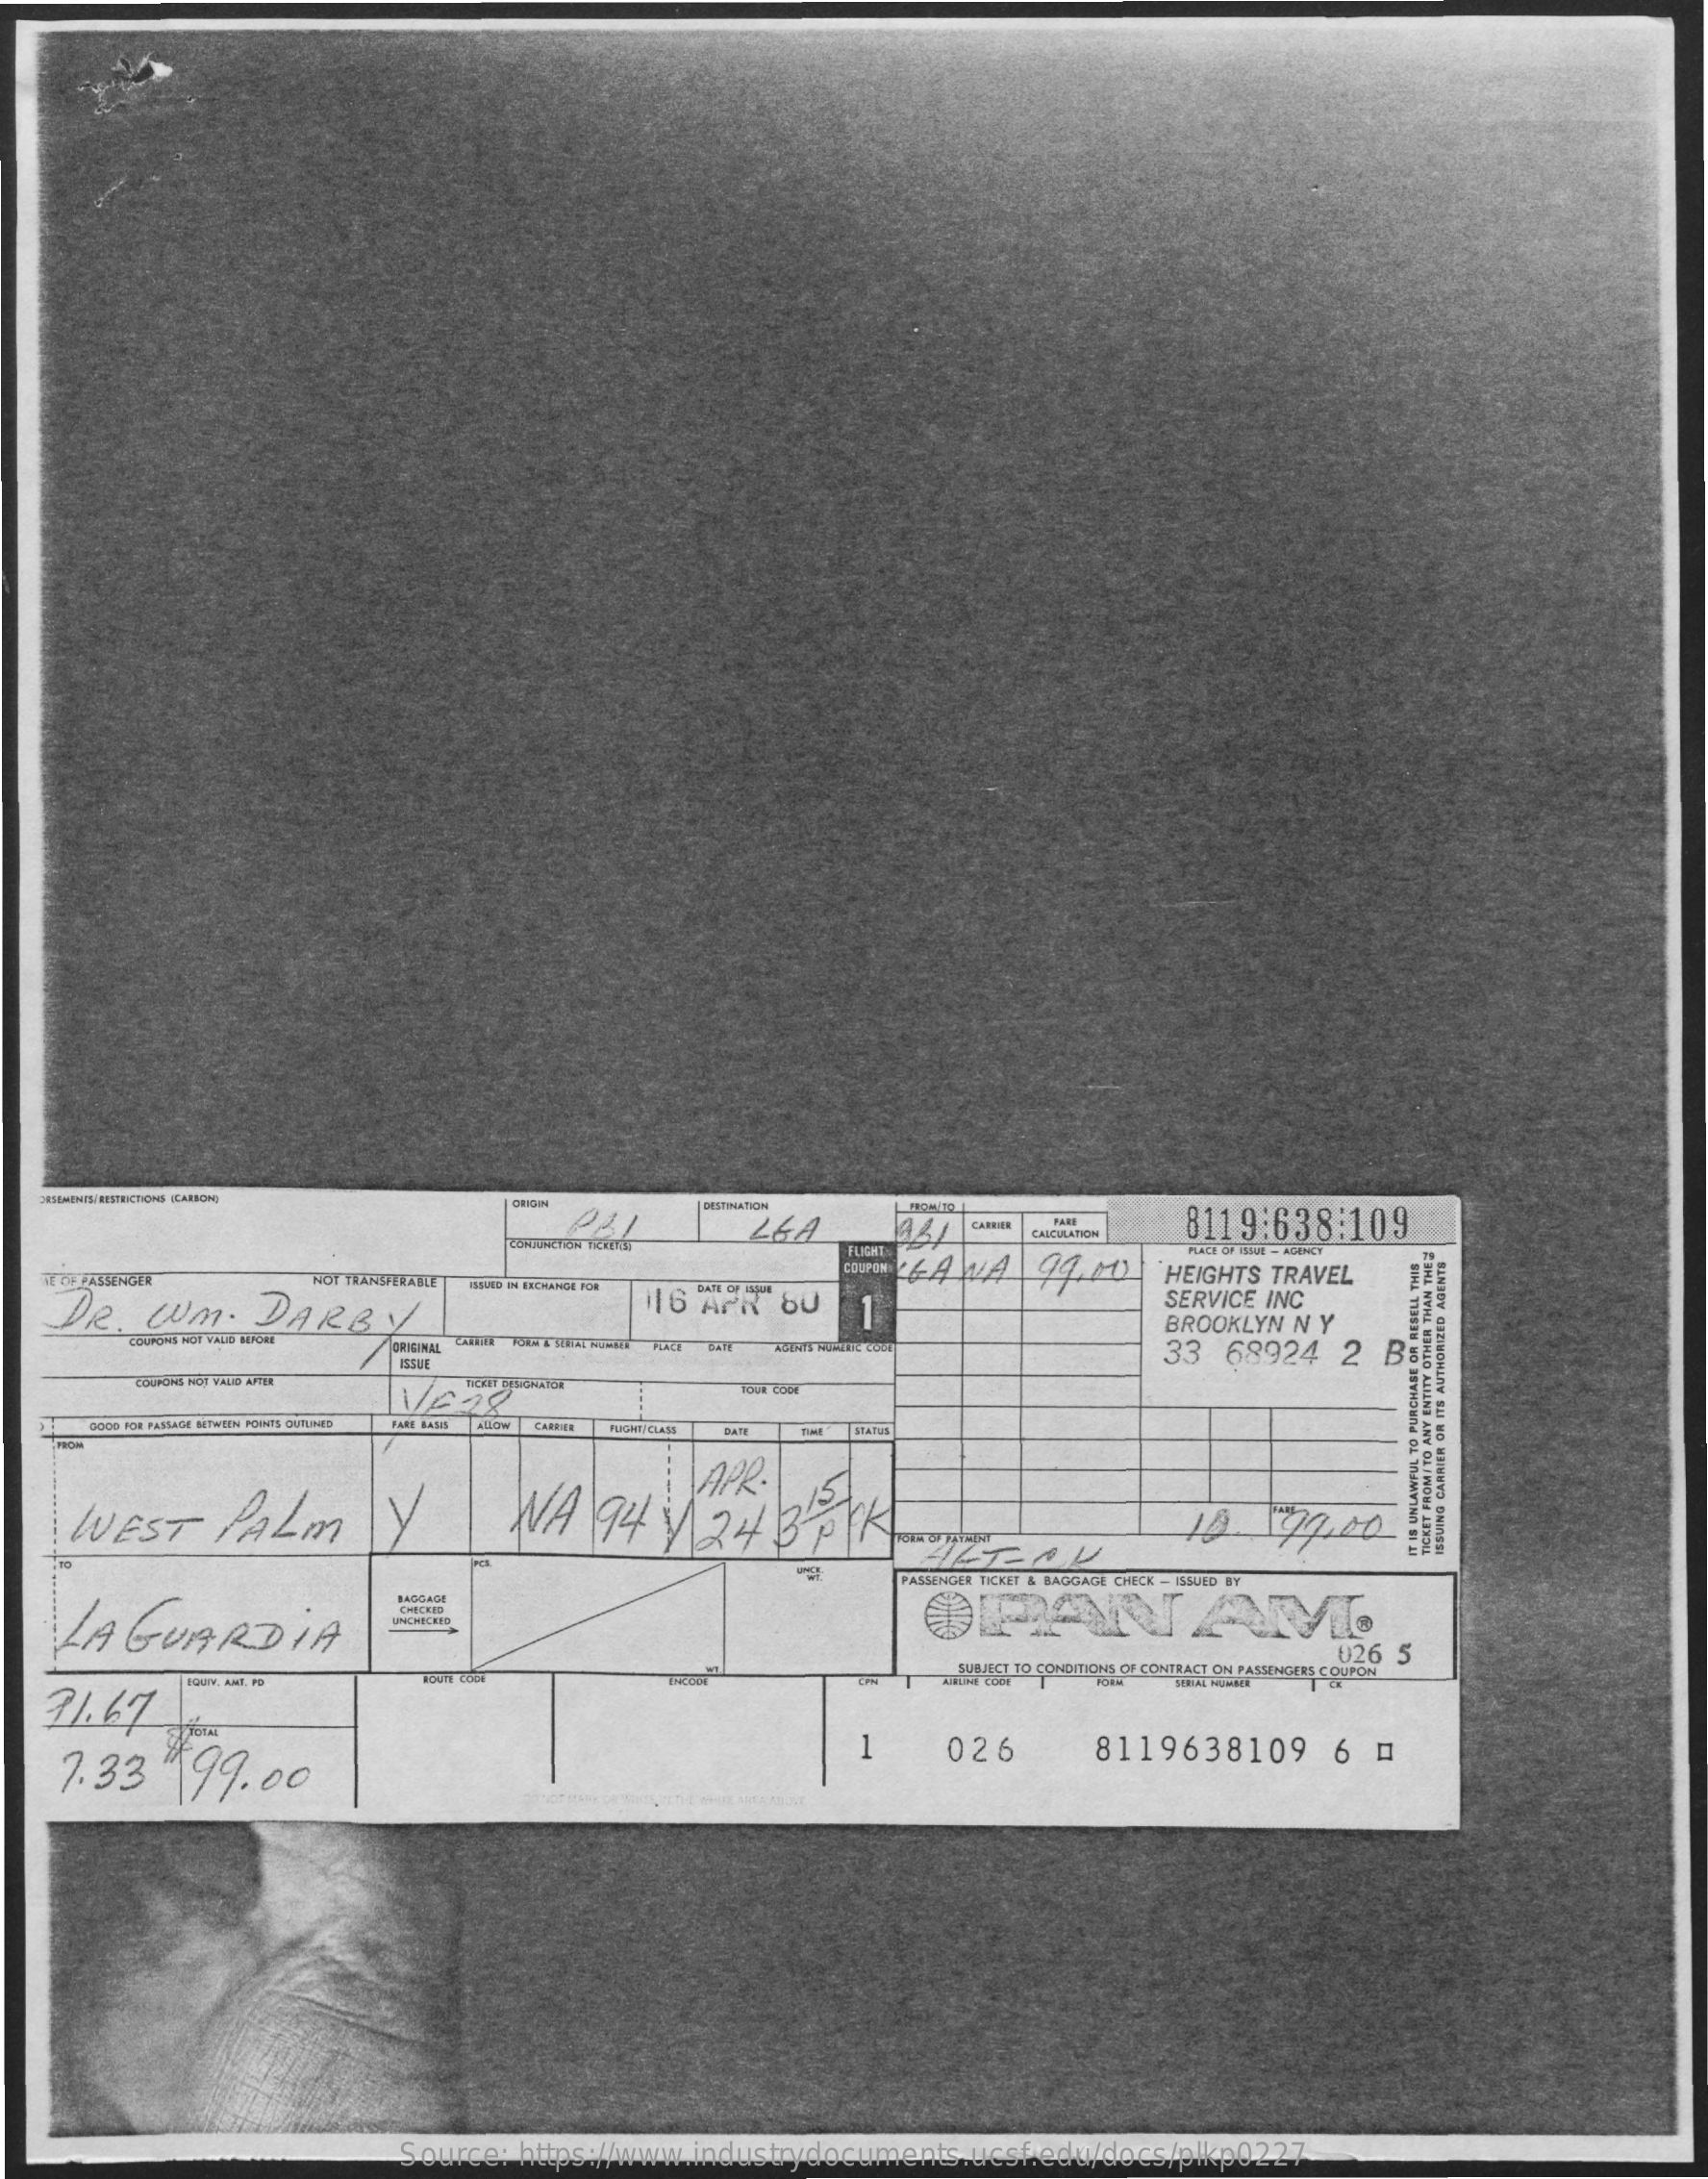
DESTINATION
     LEA    8119:638:109 CAREER
     COFUNCTION TREENG
     CALCULATION
     FLIGHT
     ZIML
     NYHL
     MIHJO
     ALIENS
     ANY
     OLINIOWA
     ARNAIL
     SINDDY
     GAZIWOHLNY
     SUI
     WO
     MEINEYS
     SNInSSI
   TE CIE PASSENGER  NOT TRANSFERABLE    HEIGHTS TRAVEL
     ISSUED IN EECHANGE FOR
    DR.  WM.    DARBY
     116 APR  60   1
     SERVICE INC
     BROOKLYN N Y
     COurgie NOT VALID SIFONI
     33  68924  2  B&
     LUSIONI NOT WALID AFEE
     GOOD FOR PASSAGE NETWIEN POINTS CUPLHES PUIGINTICLASS
     WEST    PALM    y    WA    94  1  24  BP    KNOTEN
     APR .
     10    99.00
     IT
     IS
     UNLAWFLE
     TO
     PURCHASE
     OR
     RESELL
     THIS
    LAGUARDIA
     PASSENGER TICKET & BAGGAGE CHECK - ISSUED
     PANAM
     026 5
   31.67
     T   IETT TO CONDITIONS OF CONTRACT ON PASSENGERS COUPON
    7.33   199.00
     1    026    8119638109    6  0
     Source: https://www.industrydocuments.ucsf.edu/docs/plkp0227